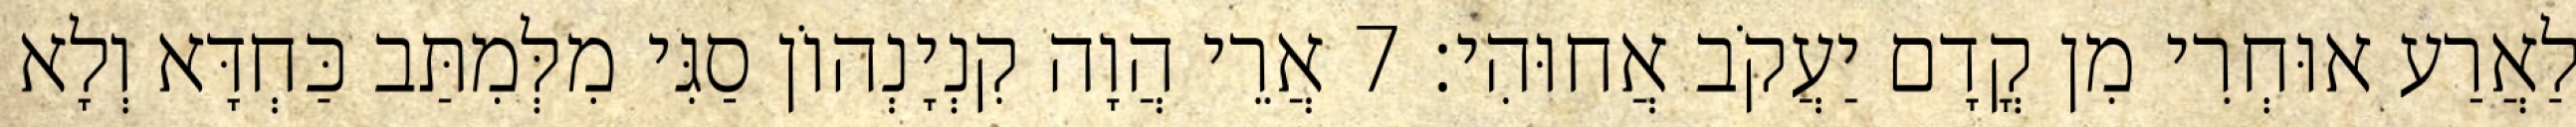
לַאֲרַע אוּחְרִי מִן קֳדָם יַעֲקֹב אֲחוּהִי׃ 7 אֲרֵי הֲוָה קִנְיָנְהוֹן סַגִּי מִלְּמִתַּב כַּחְדָּא וְלָא